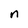
Character: n